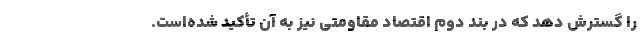
را گسترش دهد که در بند دوم اقتصاد مقاومتی نیز به آن تأکید شده‌است.